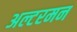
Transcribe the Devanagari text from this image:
अल्टरमन